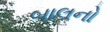
બાલનો